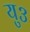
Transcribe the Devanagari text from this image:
यु३